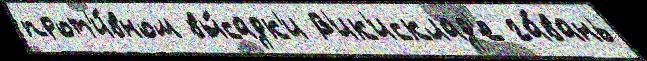
прот'и́вном вы́садк'и В'ик'исклад'е га́вань